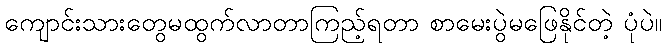
ကျောင်းသားတွေမထွက်လာတာကြည့်ရတာ စာမေးပွဲမဖြေနိုင်တဲ့ ပုံပဲ။